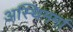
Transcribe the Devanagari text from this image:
अस्थिमर्मा